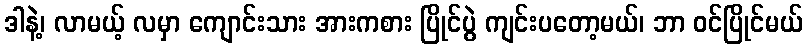
ဒါနဲ့၊ လာမယ့် လမှာ ကျောင်းသား အားကစား ပြိုင်ပွဲ ကျင်းပတော့မယ်၊ ဘာ ဝင်ပြိုင်မယ်